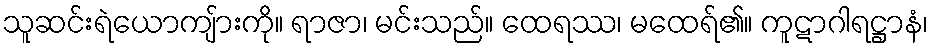
သူဆင်းရဲယောကျ်ားကို။ ရာဇာ၊ မင်းသည်။ ထေရဿ၊ မထေရ်၏။ ကူဋာဂါရဋ္ဌာနံ၊